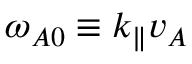
\omega _ { A 0 } \equiv k _ { \parallel } v _ { A }